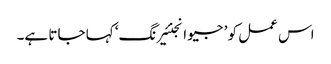
اس عمل کو ’ جیو انجنئیرنگ‘ کہا جاتا ہے۔